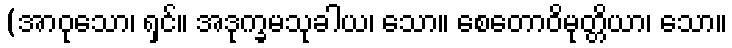
(အာဝုသော၊ ရှင်။ အဒုက္ခမသုခါယ၊ သော။ စေတောဝိမုတ္တိယာ၊ သော။